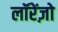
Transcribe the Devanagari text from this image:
लॉरेंज़ो